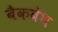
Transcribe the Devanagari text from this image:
बैकबेथ